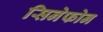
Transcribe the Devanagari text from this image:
सिनेफोन